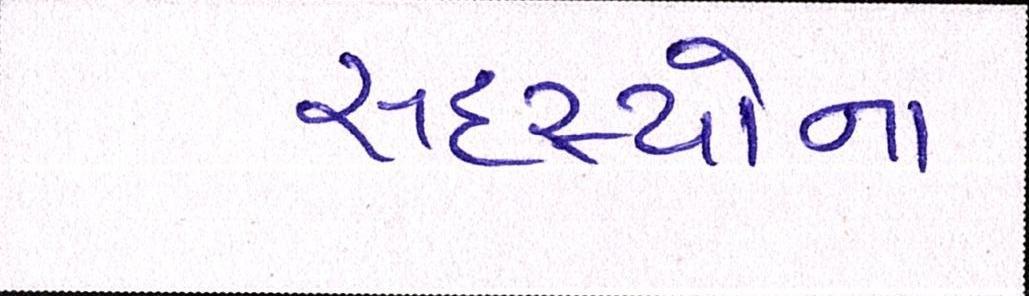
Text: સદસ્યોના